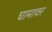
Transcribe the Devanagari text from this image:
घामावर